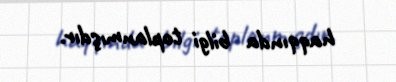
haqqında bilgi toplanmışdır.